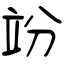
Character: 竕